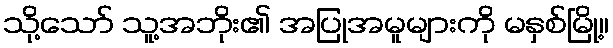
သို့သော် သူ့အဘိုး၏ အပြုအမူများကို မနှစ်မြို့။